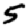
Digit: 5